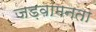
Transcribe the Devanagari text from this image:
जड़वामनता